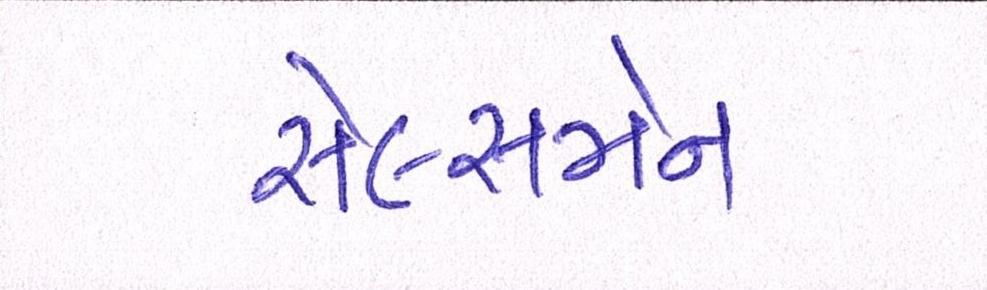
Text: સેલ્સમેન